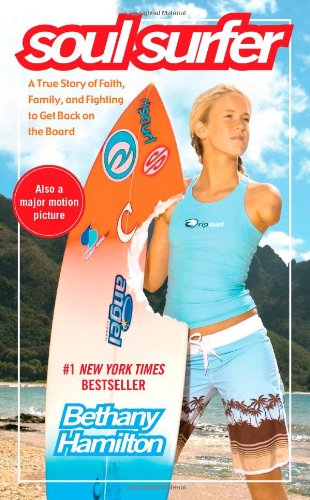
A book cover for Soul Surfer: A True Story of Faith, Family, and Fighting to Get Back on the Board; Bethany Hamilton; Teen & Young Adult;